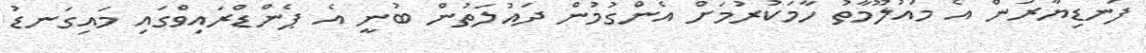
ފަނޑިޔާރުން އެ މައުލޫމާތު ހާމަކުރުމަށް އެންގުމުން ދައުލަތުން ބުނީ އެ ޕެންޑްރައިވްގައި މައިގަނޑު